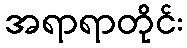
အရာရာတိုင်း